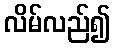
လိမ်လည်၍